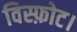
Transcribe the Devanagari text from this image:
विस्फ़ोट।